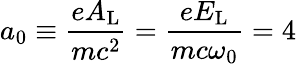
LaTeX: a_{0}\equiv\frac{eA_{\mathrm{L}}}{mc^{2}}=\frac{eE_{\mathrm{L}}}{mc\omega_{0}}=4